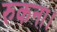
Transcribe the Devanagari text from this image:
रुकना।